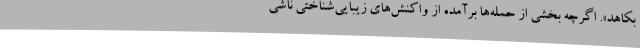
بکاهد». اگرچه بخشی از حمله‌ها برآمده از واکنش‌های زیبایی‌شناختی ناشی